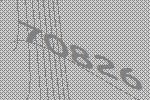
70826